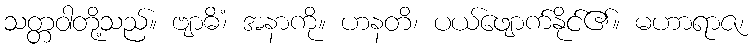
သတ္တဝါတို့သည်။ ဗျာဓိံ၊ အနာကို။ ဟနတိ၊ ပယ်ဖျောက်နိုင်၏။ မဟာရာဇ၊